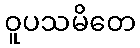
ဝူပသမိတေ